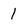
Character: 1